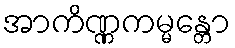
အာကိဏ္ဏကမ္မန္တော